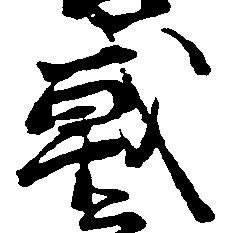
戦